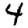
Digit: 4